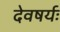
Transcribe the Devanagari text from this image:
देवषर्यः